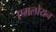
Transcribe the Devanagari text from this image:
एमलोयन